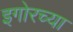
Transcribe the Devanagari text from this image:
इगोरच्या